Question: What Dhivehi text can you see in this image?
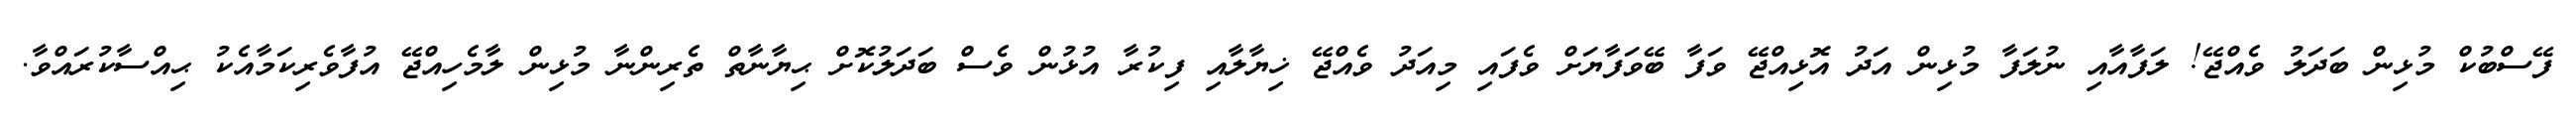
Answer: ފޭސްބުކް މުޅިން ބަދަލު ވެއްޖޭ! ލަފާއާއި ނުލަފާ މުޅިން އަދު އޮޅިއްޖޭ ވަފާ ބޭވަފާޔަށް ވެފައި މިއަދު ވެއްޖޭ ޚިޔާލާއި ފިކުރާ އުޅުން ވެސް ބަދަލުކޮށް ޙިޔާނާތް ތެރިންނާ މުޅިން ލާމެހިއްޖޭ އުފާވެރިކަމާއެކު ޙިއްސާކުރައްވާ.